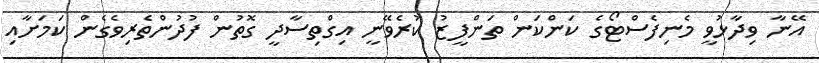
އޭނާ ވިދާޅުވީ މެނިފެސްޓޯގެ ކަންކަން ތަންފީޒު ކުރެވޭނީ އިގްތިސާދީ ގޮތުން ފުދުންތެރިވެގެން ކަމަށާއި